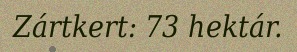
Zártkert: 73 hektár.